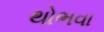
થોભવા